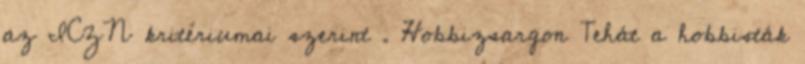
az ICZN kritériumai szerint . Hobbizsargon Tehát a hobbisták